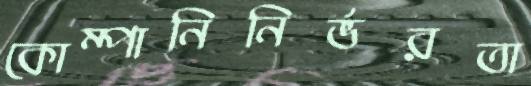
কোম্পানিনির্ভরতা